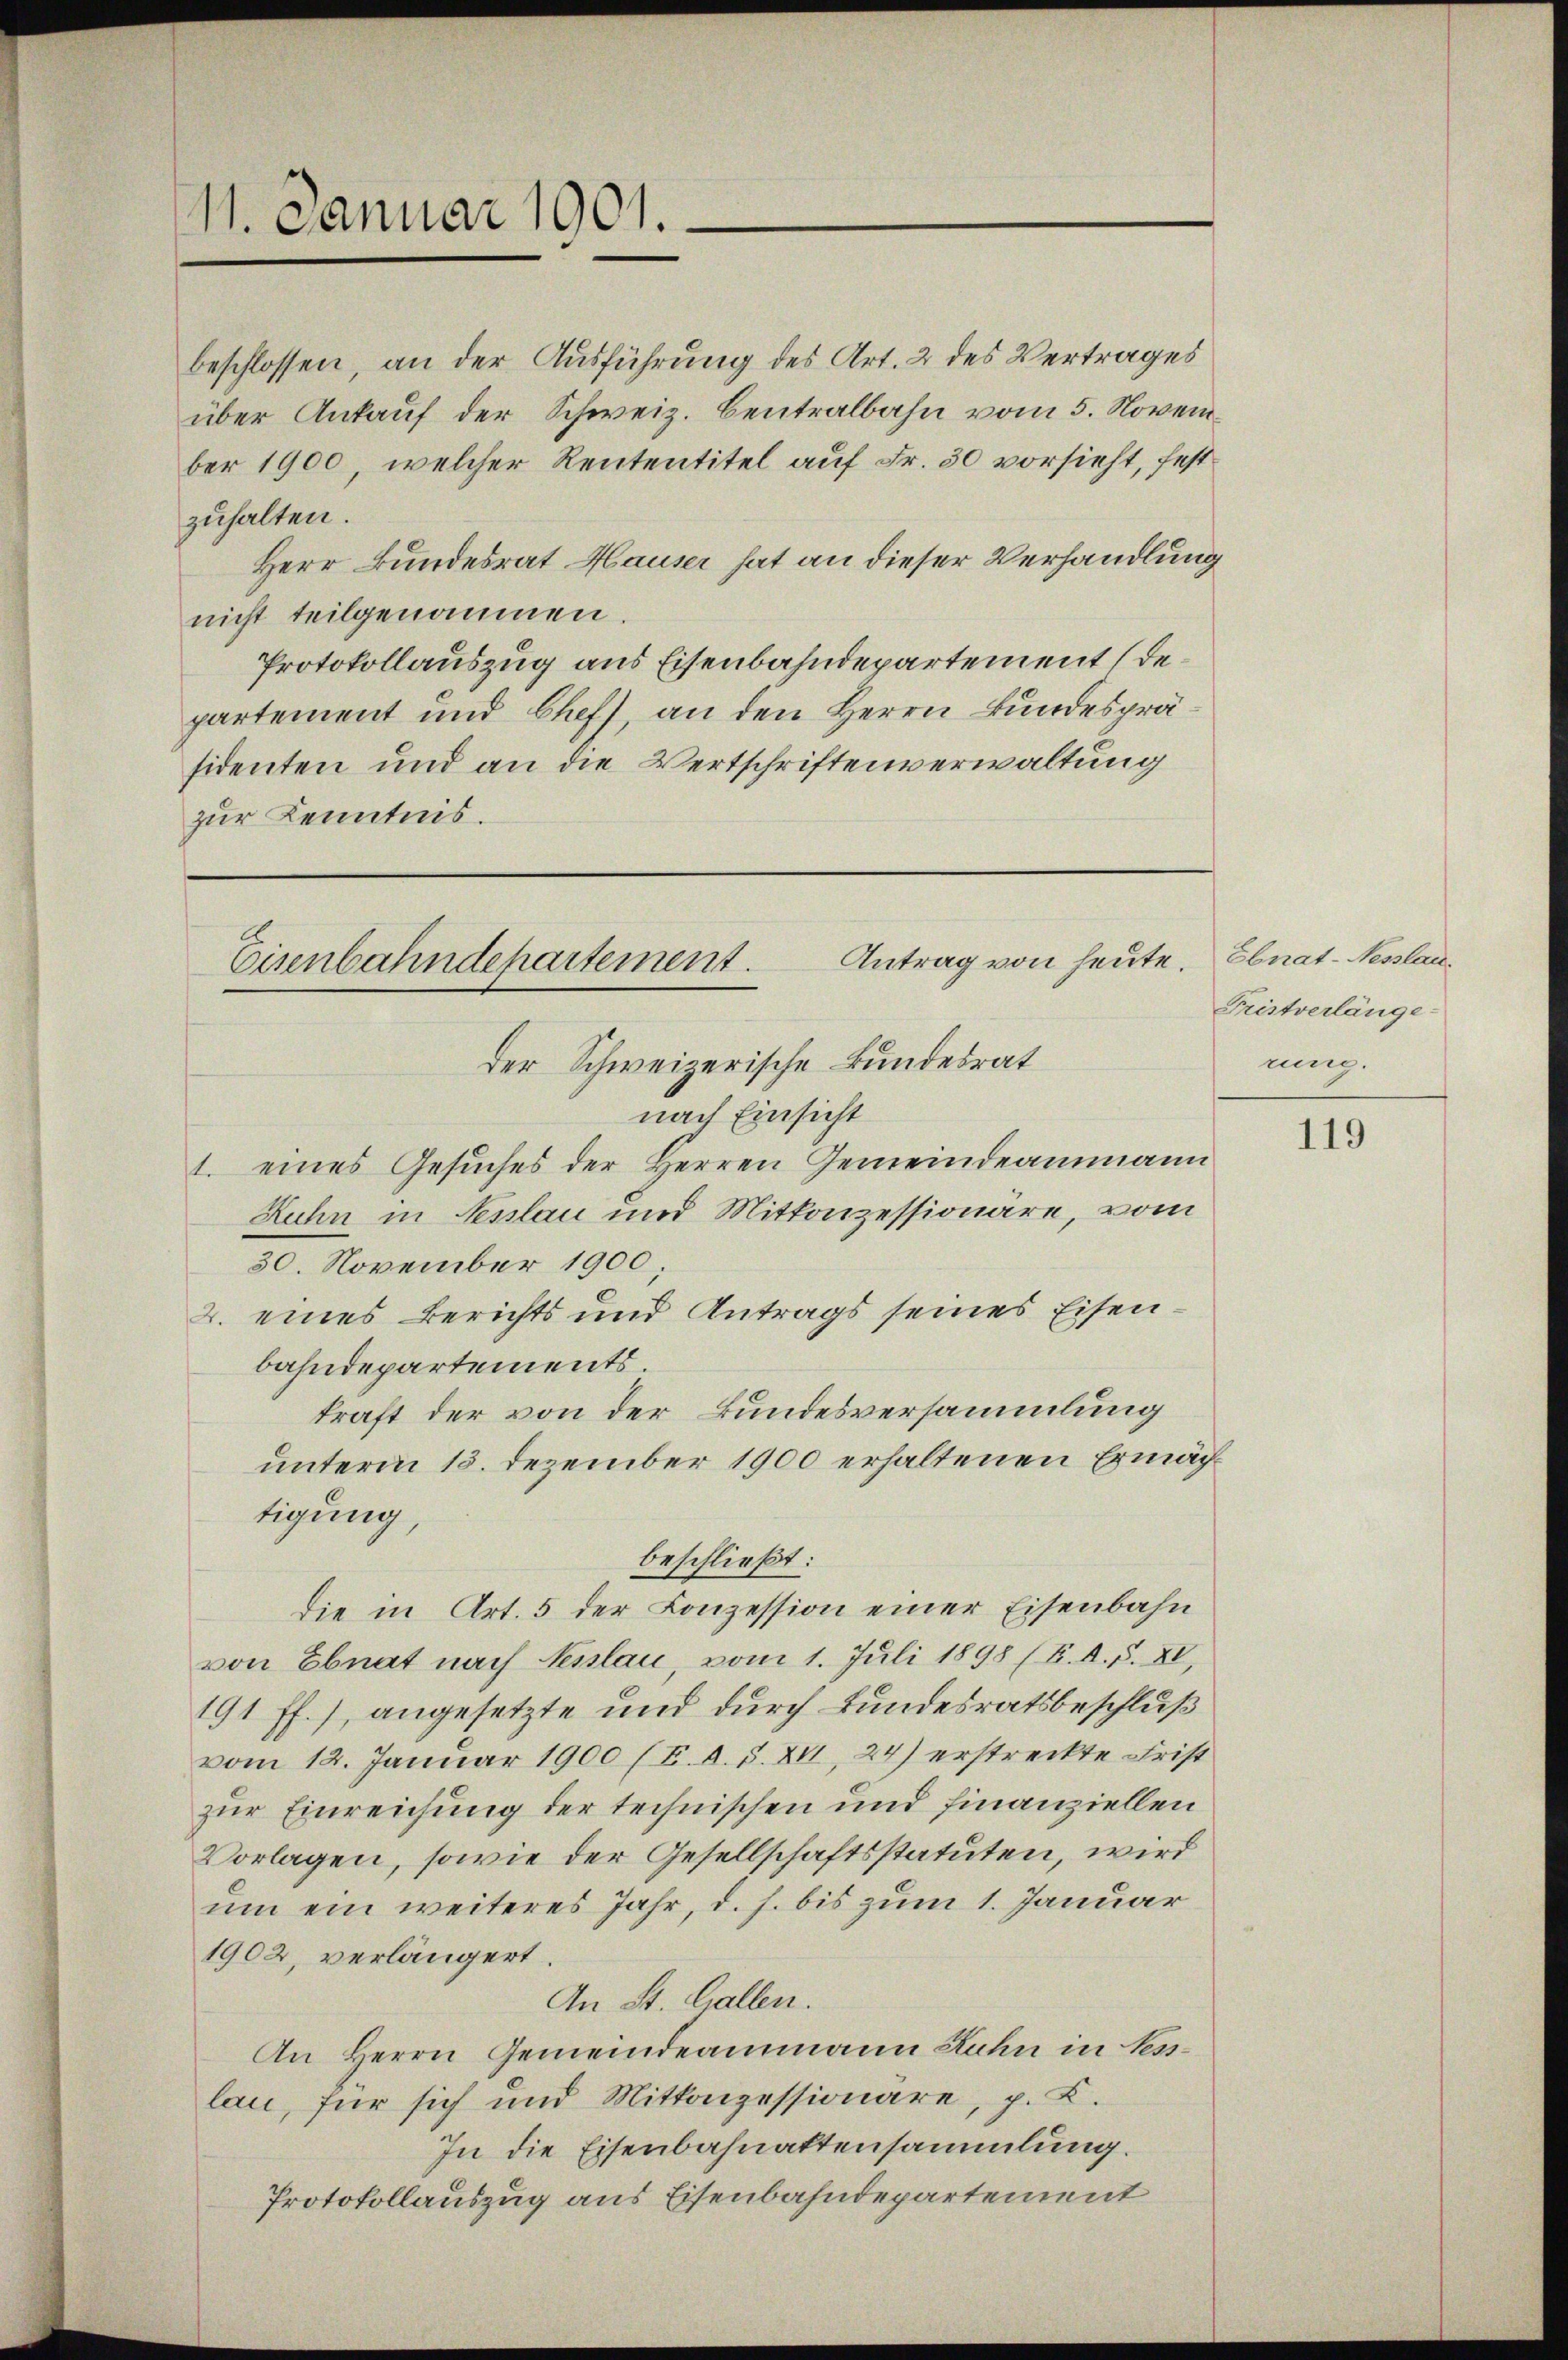
11. Januar 1901.

beschlossen, an der Ausführung des Art. 2 des Vertrages
über Ankauf der Schweiz. Centralbahn vom 5. November 1900, welcher Rententitel auf Fr. 30 vorsieht, festzuhalten.
Herr Bundesrat Hauser hat an dieser Verhandlung
nicht teilgenommen.
Protokollauszug aus Eisenbahndepartement (departement und Chefs, an den Herrn Bundespräsidenten und an die Wertschriftenverwaltung
zur Kenntnis.

nach Einsicht
1. eines Gesuches der Herren Gemeindeammann
Ruhn in Nesslau und Mitkonzessionäre, vom
30. November 1900.
2. eines Berichts und Antrags seines Eisenbahndepartements.
kraft der von der Bundesversammlung
unterm 13. Dezember 1900 erhaltenen Ermächtigung,
beschließt:
die in Art. 5 der Conzession einer Eisenbahn
von Ebnat nach Pesslau, vom 1. Juli 1898 (K. A. S. XI,
191 ff.), angesetzte und durch Bundesratsbeschluß
vom 12. Januar 1900 (E. d. S. XII, 24) erstreckte Frist
zur Einreichung der technischen und finanziellen
Vorlagen, sowie der Gesellschaftsstatuten, wird
um ein weiteres Jahr, d. h. bis zum 1. Januar
1902, verlängert.
An St. Gallen.
An Herrn Gemeindeammann Ruhn in Beslau, für sich und Mittanzessionäre, p. K.
In die Eisenbahnattensammlung.
Protokollauszug aus Eisenbahndepartement

Antrag von heute. Ebnat-Neslan¬
Eisenbahndepartement.
der Schweizerische Bundesrat

Fristverlänge-
rung.

119